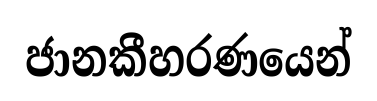
ජානකීහරණයෙන්